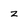
Character: z